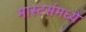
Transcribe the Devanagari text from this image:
मास्टर्समध्ये